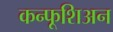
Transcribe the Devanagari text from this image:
कन्फूशिअन